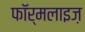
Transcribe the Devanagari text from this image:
फॉर्मलाइज़